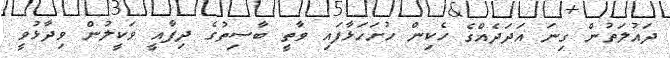
ދައުލަތުން ގިނަ އަދަދެއްގެ ހެކިން ހުށަހަޅާފައި ވާތީ ބާސިތުގެ ދިފާއީ ވަކީލުން ވިދާޅުވީ